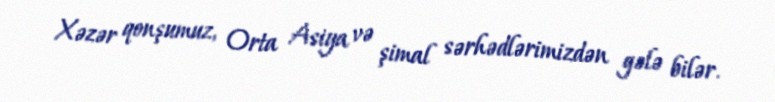
Xəzər qonşumuz, Orta Asiya və şimal sərhədlərimizdən gələ bilər.